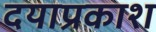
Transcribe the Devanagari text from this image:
दयाप्रकाश